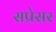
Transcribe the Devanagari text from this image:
सप्रेसर